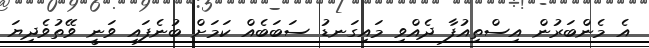
އެ މެންބަރުން އިސްތިއުފާ ދެއްވި މައިގަނޑު ސަބަބެއް ކަމަށް ބުނެފައި ވަނީ ވޭތުވެދިޔަ